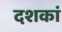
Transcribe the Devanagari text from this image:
दशकां